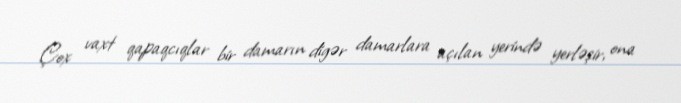
Çox vaxt qapaqcıqlar bir damarın digər damarlara açılan yerində yerləşir, ona